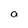
Character: a